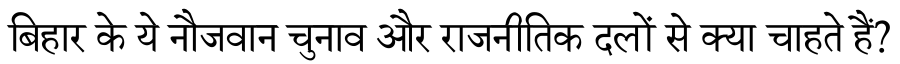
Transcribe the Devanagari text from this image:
बिहार के ये नौजवान चुनाव और राजनीतिक दलों से क्या चाहते हैं?